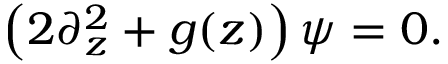
\left( 2 \partial _ { z } ^ { 2 } + g ( z ) \right) \psi = 0 .